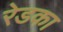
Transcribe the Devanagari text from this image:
रेडका